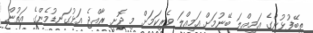
ތިބޭފުޅުންގެ އަމިއްލަ ބޭނުމަށް އަމިއްލަ ވެރިކަމަށް މި ދޮށީ ރާއްޖެ އަޅުގަނޑުމެންގެ އަތުން